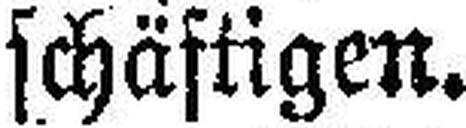
schäftigen.